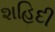
શહિદી